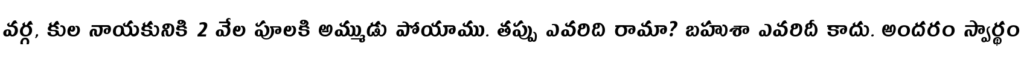
వర్గ, కుల నాయకునికి 2 వేల పూలకి అమ్ముడు పోయాము. తప్పు ఎవరిది రామా? బహుశా ఎవరిదీ కాదు. అందరం స్వార్థం